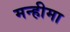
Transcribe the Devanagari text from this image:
मन्हीमा